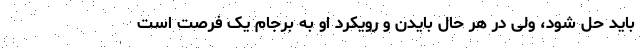
باید حل شود، ولی در هر حال بایدن و رویکرد او به برجام یک فرصت است